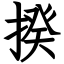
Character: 揆